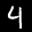
Label: 4